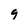
Character: 9